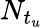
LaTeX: N_{t_{u}}